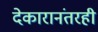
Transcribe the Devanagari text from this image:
देकारानंतरही